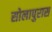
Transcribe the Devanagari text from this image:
सोलापुरास